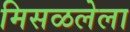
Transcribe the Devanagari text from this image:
मिसळलेला